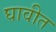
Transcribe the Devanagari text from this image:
घावीत